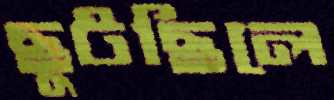
ছুটছিলে